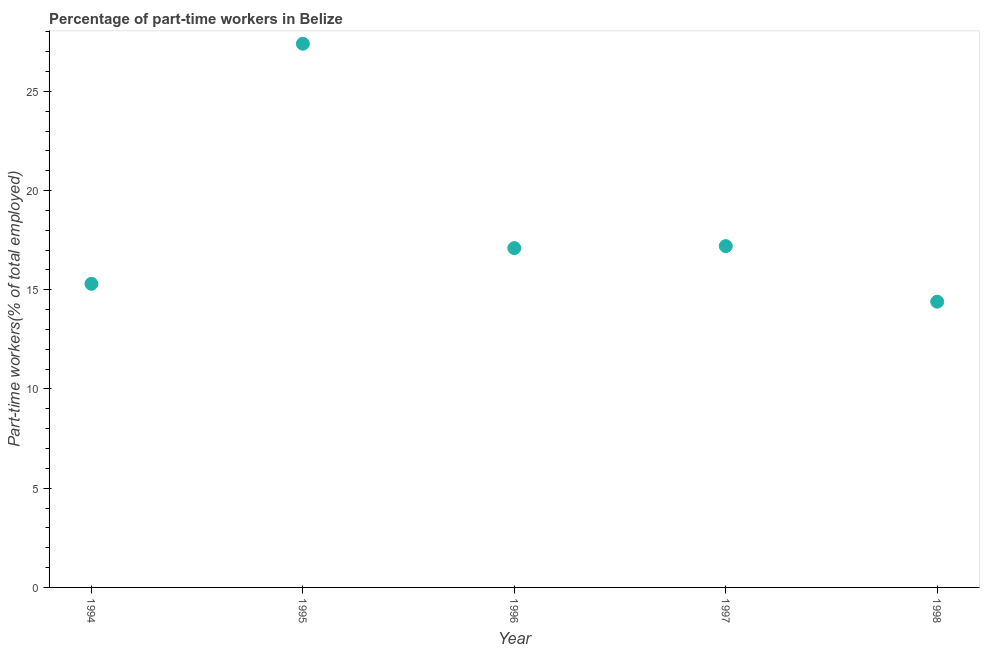
| Year | Part time employment |
 | --- | --- |
 | 1994 | 15.3 |
 | 1995 | 27.4 |
 | 1996 | 17.1 |
 | 1997 | 17.2 |
 | 1998 | 14.4 |